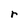
Character: r